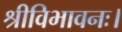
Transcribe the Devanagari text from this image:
श्रीविभावनः।